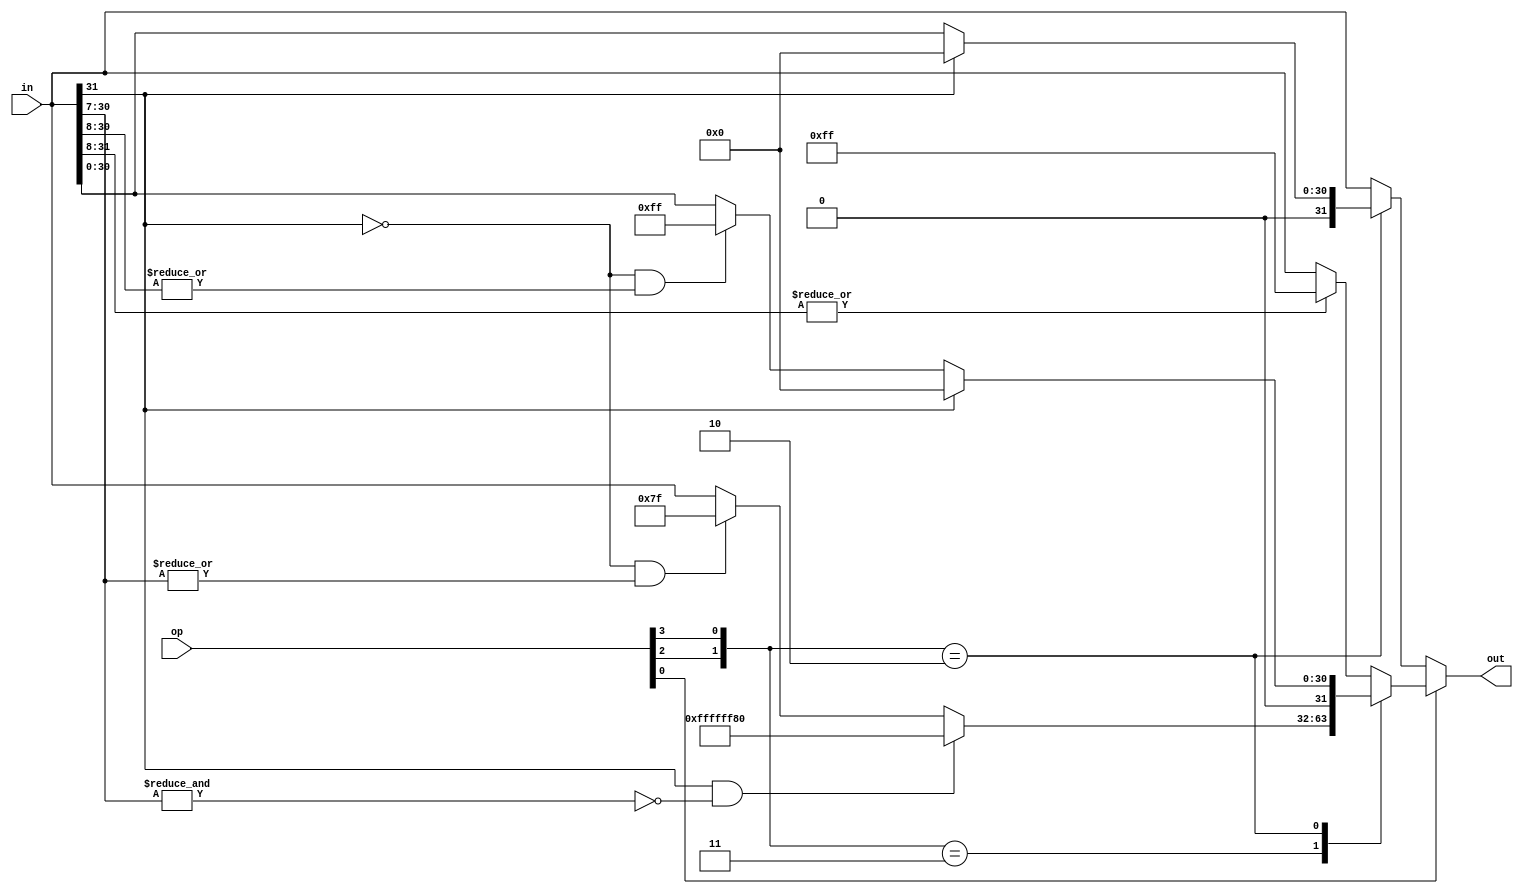
/****************************************************************************
          Saturate unit for different widths given 32-bit input

  Only works for 32-bit inputs

  Interprets input as signed/unsigned, saturates to signed/unsigned 
  byte/half/word

  NOP (pass through) when size=word and signed==outsigned

   out
   sign sign size
    0    0    00    VSAT_U_W - NOP (pass through)
    0    0    01    VSAT_U_B
    0    0    10    VSAT_U_H
    1    1    00    VSAT_W - NOP (pass through)
    1    1    01    VSAT_B
    1    1    10    VSAT_H
    0    1    00    VSAT_SU_W
    0    1    01    VSAT_SU_B
    0    1    10    VSAT_SU_H

parameter
  SATSIZEOP_VSATUW=4'b0000,
  SATSIZEOP_VSATUB=4'b0001,
  SATSIZEOP_VSATUH=4'b0010,
  SATSIZEOP_VSATW  =4'b1100,
  SATSIZEOP_VSATB  =4'b1101,
  SATSIZEOP_VSATH  =4'b1110,
  SATSIZEOP_VSATSUW=4'b0100,
  SATSIZEOP_VSATSUB=4'b0101,
  SATSIZEOP_VSATSUH=4'b0110;

****************************************************************************/

module vlane_saturatesize(
    in,
    op,
    out
    );

parameter WIDTH=32;

input [WIDTH-1:0] in;
input [3:0] op;
output [WIDTH-1:0] out;

wire op_outsigned;
wire op_signed;
wire op_size;

reg [WIDTH-1:0] out;

  assign op_outsigned=op[3];
  assign op_signed=op[2];
  assign op_size=op[1:0]; //0 - word, 1 - byte, 2 - half

always@*
case(op_size)
    2'b01:  //byte
    case({op_signed,op_outsigned})
        2'b11:    // signed
        out = ((in[WIDTH-1])&(!(&in[WIDTH-2:7]))) ? {{WIDTH-8{1'b1}},8'h80} :
                ((~in[WIDTH-1]) && (|in[WIDTH-2:7])) ? 127 : in;
        2'b10:    // signed-unsigned
        out = (in[WIDTH-1]) ? 0 :
                (~in[WIDTH-1]&&(|in[WIDTH-2:8])) ? 255 : in;
        default:  //2'b00: unsigned
        out=(|in[WIDTH-1:8]) ? 255 : in;
        endcase
    2'b10:  //half-word 16-bits
    case({op_signed,op_outsigned})
        2'b11:    // signed
        out=((in[WIDTH-1])&(!(&in[WIDTH-2:15])))? {{WIDTH-16{1'b1}},16'h8000}:
                ((~in[WIDTH-1]) && (|in[WIDTH-2:15])) ? 32767 : in;
        2'b10:    // signed-unsigned
        out = (in[WIDTH-1]) ? 0 :
                (~in[WIDTH-1]&&(|in[WIDTH-2:16])) ? 65535 : in;
        default:  //2'b00: unsigned
        out=(|in[WIDTH-1:16]) ? 65535 : in;
        endcase
    default: 
    case({op_signed,op_outsigned})
        2'b10:    // signed-unsigned
        out = (in[WIDTH-1]) ? 0 : in;
        default:  //2'b00: unsigned
        out=in;
        endcase
endcase
  
endmodule